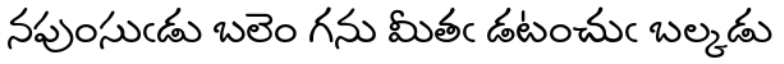
నపుంసుఁడు బలెం గను మీతఁ డటంచుఁ బల్కడు